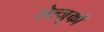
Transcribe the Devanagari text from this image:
सेल्जुकों